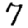
Digit: 7